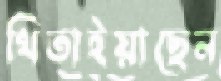
থিতাইয়াছেন